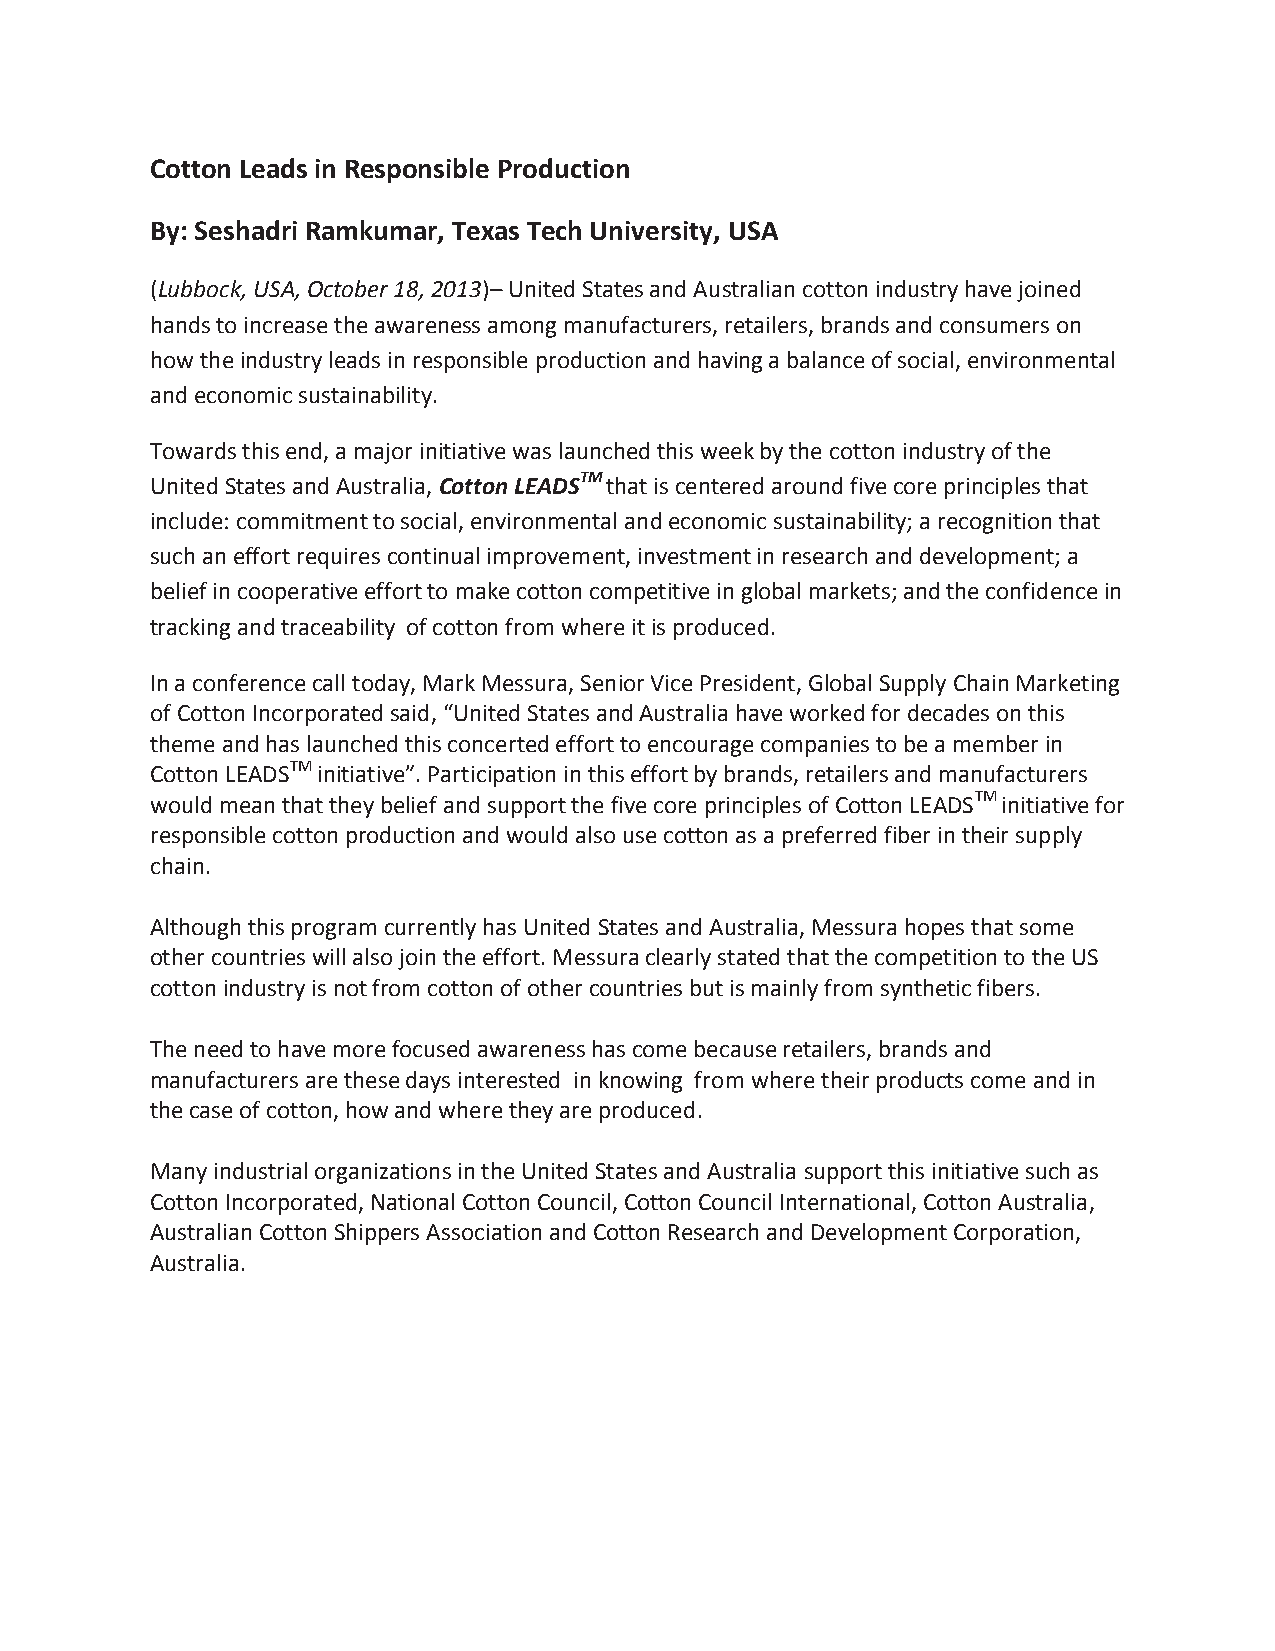
Cotton Leads in Responsible Production
 By: Seshadri Ramkumar, Texas Tech University, USA
 (Lubbock, USA, October 18, 2013)– United States and Australian cotton industry have joined
 hands to increase the awareness among manufacturers, retailers, brands and consumers on
 how the industry leads in responsible production and having a balance of social, environmental
 and economic sustainability.
 Towards this end, a major initiative was launched this week by the cotton industry of the
 United States and Australia, Cotton LEADSTM that is centered around five core principles that
 include: commitment to social, environmental and economic sustainability; a recognition that
 such an effort requires continual improvement, investment in research and development; a
 belief in cooperative effort to make cotton competitive in global markets; and the confidence in
 tracking and traceability of cotton from where it is produced.
 In a conference call today, Mark Messura, Senior Vice President, Global Supply Chain Marketing
 of Cotton Incorporated said, “United States and Australia have worked for decades on this
 theme and has launched this concerted effort to encourage companies to be a member in
 Cotton LEADSTM initiative”. Participation in this effort by brands, retailers and manufacturers
 would mean that they belief and support the five core principles of Cotton LEADSTM initiative for
 responsible cotton production and would also use cotton as a preferred fiber in their supply
 chain.
 Although this program currently has United States and Australia, Messura hopes that some
 other countries will also join the effort. Messura clearly stated that the competition to the US
 cotton industry is not from cotton of other countries but is mainly from synthetic fibers.
 The need to have more focused awareness has come because retailers, brands and
 manufacturers are these days interested in knowing from where their products come and in
 the case of cotton, how and where they are produced.
 Many industrial organizations in the United States and Australia support this initiative such as
 Cotton Incorporated, National Cotton Council, Cotton Council International, Cotton Australia,
 Australian Cotton Shippers Association and Cotton Research and Development Corporation,
 Australia.